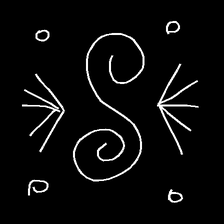
Glyph: aeroform